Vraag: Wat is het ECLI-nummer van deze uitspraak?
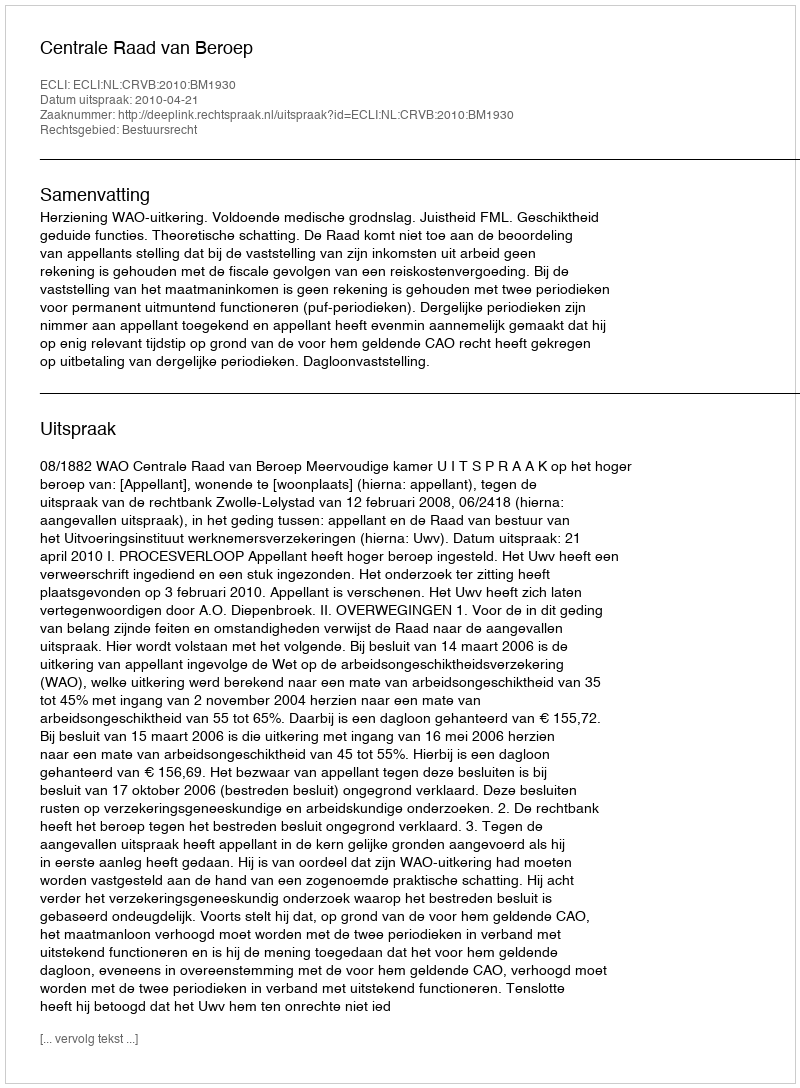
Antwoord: ECLI:NL:CRVB:2010:BM1930